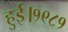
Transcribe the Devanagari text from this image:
हुई।१९८१